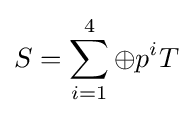
S=\sum _{i=1}^{4}\oplus p^{i}T